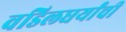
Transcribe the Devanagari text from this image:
वडिलधर्यांची